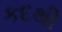
કદથી